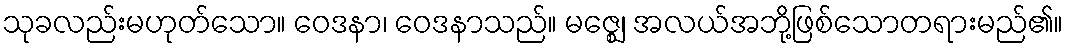
သုခလည်းမဟုတ်သော။ ဝေဒနာ၊ ဝေဒနာသည်။ မဇ္ဈေ၊ အလယ်အဘို့ဖြစ်သောတရားမည်၏။